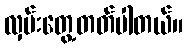
လှမ်းတွေ့တတ်ပါတယ်။